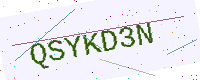
Text: QSYKD3N